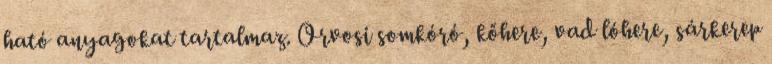
ható anyagokat tartalmaz. Orvosi somkóró, kőhere, vad lóhere, sárkerep